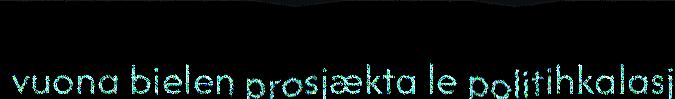
vuona bielen prosjækta le politihkalasj